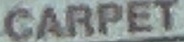
CARPET